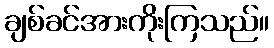
ချစ်ခင်အားကိုးကြသည်။